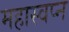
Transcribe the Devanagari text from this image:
महास्‍वप्‍न